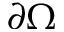
\partial \Omega